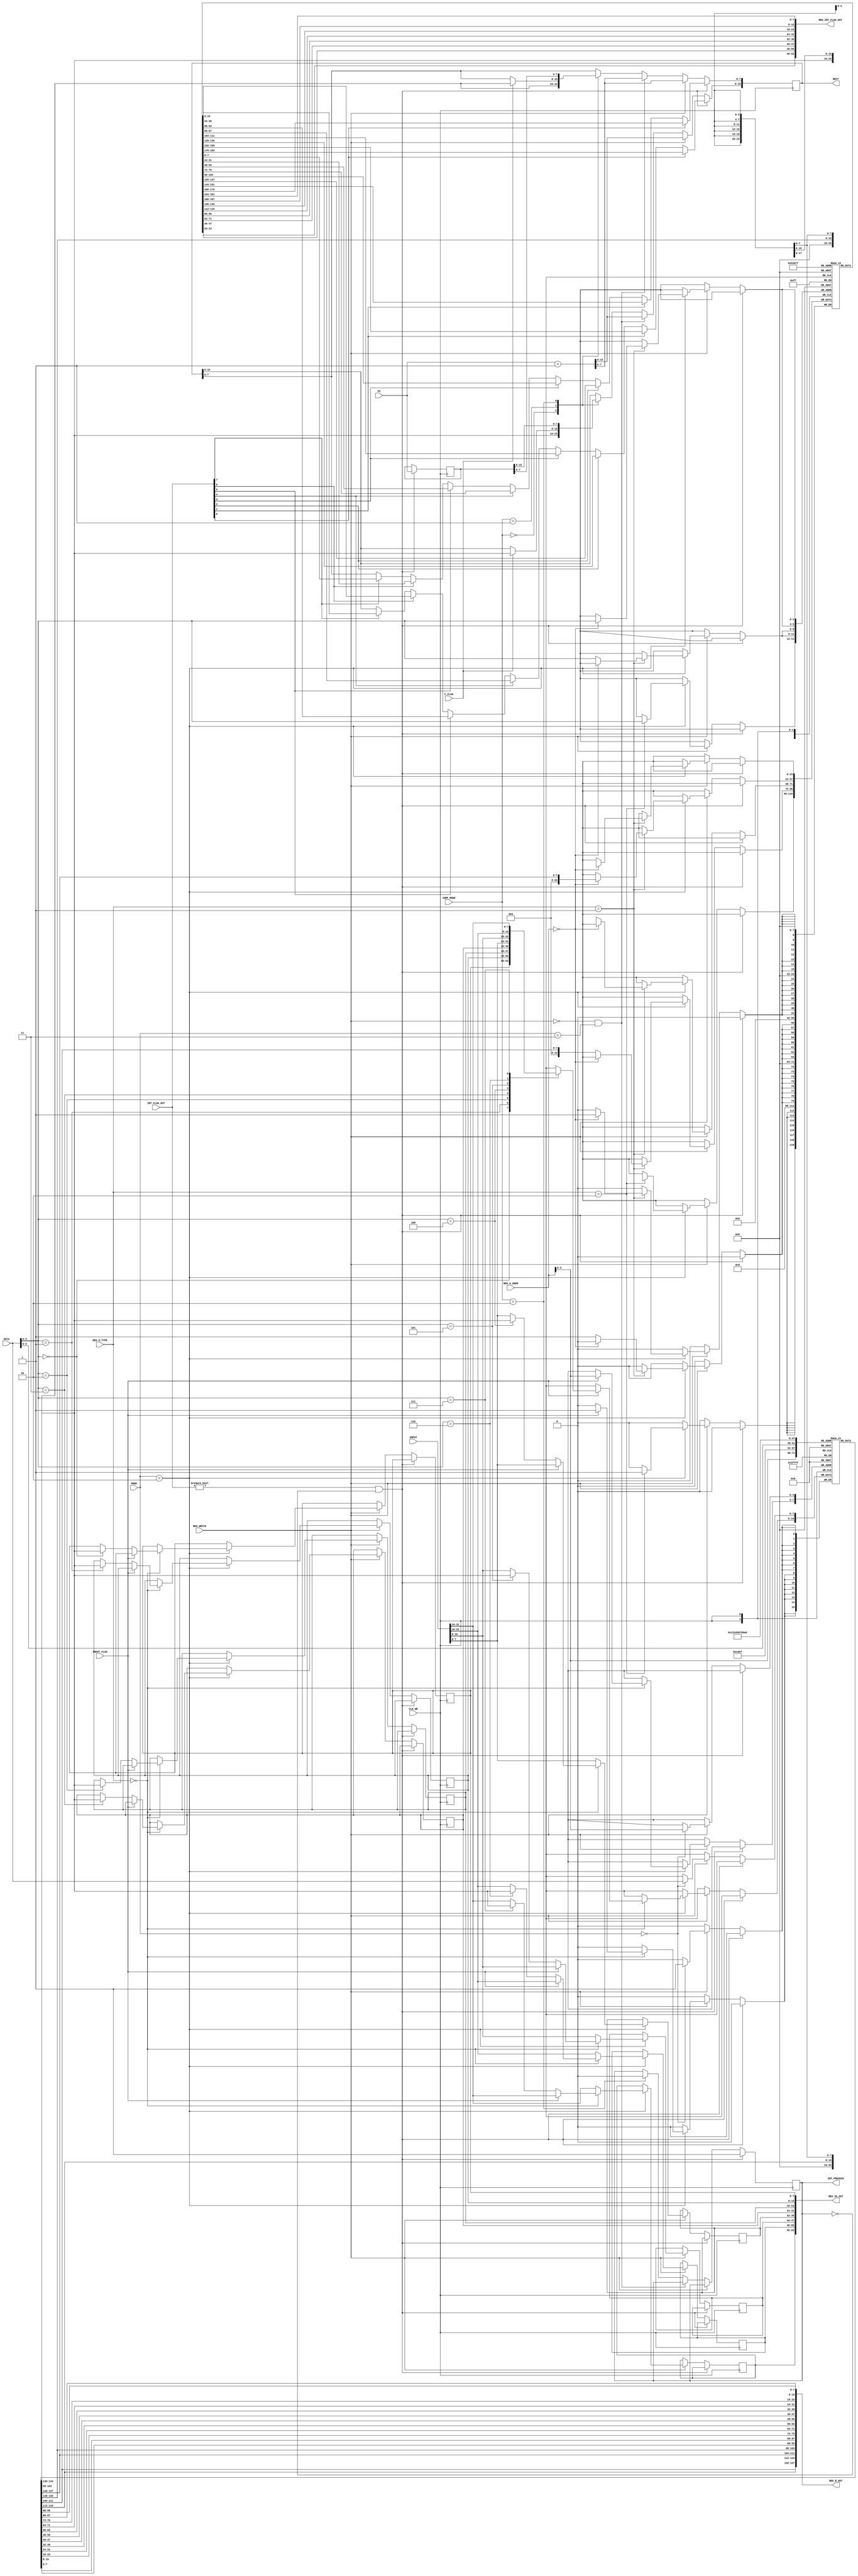
module REG_WB(
	input CLK_WB,
	input REG_WRITE,
	input F_FLAG,
	input INOUT_FLAG,
	input [7:0] INT_FLAG_OUT,
	input [15:0] PC,
	input [4:0] REG_A_ADDR,
	input [1:0] MODE,
	input [1:0] JUMP_MODE,
	input [1:0] REG_O_TYPE,
	input [7:0] DATA,
	input [31:0] INPUT,
	output reg [15:0] NEXT,
	output [127:0] REG_R_OUT,
	output [63:0] REG_IO_OUT,
	output [63:0] REG_INT_FLAG_OUT,
	output INT_PROCESS
);

reg [7:0]  REG_R  [15:0];
reg [7:0]  REG_IO [7:0];
reg [23:0] REG_INT [7:0];

wire [7:0] REG_IO_WIRE [7:0];

reg INT_FLAG;
reg [15:0] INT_PREV_PC;
assign INT_PROCESS = INT_FLAG;

assign REG_R_OUT[7:0] = REG_R[0];
assign REG_R_OUT[15:8] = REG_R[1];
assign REG_R_OUT[23:16] = REG_R[2];
assign REG_R_OUT[31:24] = REG_R[3];
assign REG_R_OUT[39:32] = REG_R[4];
assign REG_R_OUT[47:40] = REG_R[5];
assign REG_R_OUT[55:48] = REG_R[6];
assign REG_R_OUT[63:56] = REG_R[7];
assign REG_R_OUT[71:64] = REG_R[8];
assign REG_R_OUT[79:72] = REG_R[9];
assign REG_R_OUT[87:80] = REG_R[10];
assign REG_R_OUT[95:88] = REG_R[11];
assign REG_R_OUT[103:96] = REG_R[12];
assign REG_R_OUT[111:104] = REG_R[13];
assign REG_R_OUT[119:112] = REG_R[14];
assign REG_R_OUT[127:120] = REG_R[15];

assign REG_IO_OUT[7:0] = REG_IO[0];
assign REG_IO_OUT[15:8] = REG_IO[1];
assign REG_IO_OUT[23:16] = REG_IO[2];
assign REG_IO_OUT[31:24] = REG_IO[3];
assign REG_IO_OUT[39:32] = REG_IO[4];
assign REG_IO_OUT[47:40] = REG_IO[5];
assign REG_IO_OUT[55:48] = REG_IO[6];
assign REG_IO_OUT[63:56] = REG_IO[7];

assign REG_INT_FLAG_OUT[7:0] = REG_INT[0][23:16];
assign REG_INT_FLAG_OUT[15:8] = REG_INT[1][23:16];
assign REG_INT_FLAG_OUT[23:16] = REG_INT[2][23:16];
assign REG_INT_FLAG_OUT[31:24] = REG_INT[3][23:16];
assign REG_INT_FLAG_OUT[39:32] = REG_INT[4][23:16];
assign REG_INT_FLAG_OUT[47:40] = REG_INT[5][23:16];
assign REG_INT_FLAG_OUT[55:48] = REG_INT[6][23:16];
assign REG_INT_FLAG_OUT[63:56] = REG_INT[7][23:16];

always @(posedge CLK_WB) begin
	if ((INT_FLAG_OUT != 8'b0)& !INT_FLAG) begin
		INT_FLAG <= 1;
		if (INT_FLAG_OUT[0])
			NEXT <= REG_INT[0][15:0];
		else if (INT_FLAG_OUT[1])
			NEXT <= REG_INT[1][15:0];
		else if (INT_FLAG_OUT[2])
			NEXT <= REG_INT[2][15:0];
		else if (INT_FLAG_OUT[3])
			NEXT <= REG_INT[3][15:0];
		else if (INT_FLAG_OUT[4])
			NEXT <= REG_INT[4][15:0];
		else if (INT_FLAG_OUT[5])
			NEXT <= REG_INT[5][15:0];
		else if (INT_FLAG_OUT[6])
			NEXT <= REG_INT[6][15:0];
		else if (INT_FLAG_OUT[7])
			NEXT <= REG_INT[7][15:0];
		INT_PREV_PC <= PC;
	end
	else if (REG_WRITE) begin
		case (MODE)
			2'b00: REG_R[REG_A_ADDR] <= DATA;
			2'b10: begin
				REG_IO[4] = INPUT[7:0];
				REG_IO[5] = INPUT[15:8];
				REG_IO[6] = INPUT[23:16];
				REG_IO[7] = INPUT[31:24];
				case (REG_O_TYPE)
					2'b00: begin
						if (INOUT_FLAG)
							REG_R[REG_A_ADDR] <= REG_IO[DATA[3:0]];
						else
							REG_IO[DATA[3:0]] <= REG_R[REG_A_ADDR];
					end
					2'b01: begin
						if (REG_A_ADDR == 4'd0) begin
							REG_INT[DATA[3:0]][15:8] <= REG_R[12];
							REG_INT[DATA[3:0]][7:0] <= REG_R[13];
						end
						else begin
							REG_INT[DATA[3:0]][15:8] <= REG_R[14];
							REG_INT[DATA[3:0]][7:0] <= REG_R[15];
						end
					end
					2'b10: REG_INT[DATA[3:0]][23:16] <= REG_R[REG_A_ADDR];
				endcase
			end
		endcase
		NEXT <= PC + 16'b1;
	end
	else if (!REG_WRITE & MODE == 2'b11) begin
		NEXT <= PC + 16'b1;
	end
	else begin
		case (JUMP_MODE)
			2'b00: begin
				NEXT[15:8] <= REG_R[REG_A_ADDR];
				NEXT[7:0] <= REG_R[DATA[3:0]];
			end
			2'b01: begin
				if (F_FLAG) begin
					NEXT[15:8] <= REG_R[REG_A_ADDR];
					NEXT[7:0] <= REG_R[DATA[3:0]];
				end
			end
			2'b10: begin
				NEXT <= INT_PREV_PC;
				INT_FLAG <= 0;
			end
		endcase
	end
end

endmodule